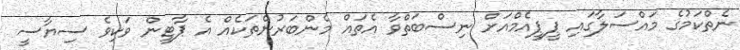
ނެތްކަމުގެ މައްސަލާގައި ޕީޕީއެމްއަށް ނިސްބަތްވާ އެތައް މެންބަރުންތަކެއް އެ ޕާޓީން ވަކިވެ ސިޔާސީ